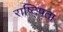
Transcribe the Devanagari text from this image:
राष्ट्पिता